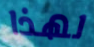
لهذا